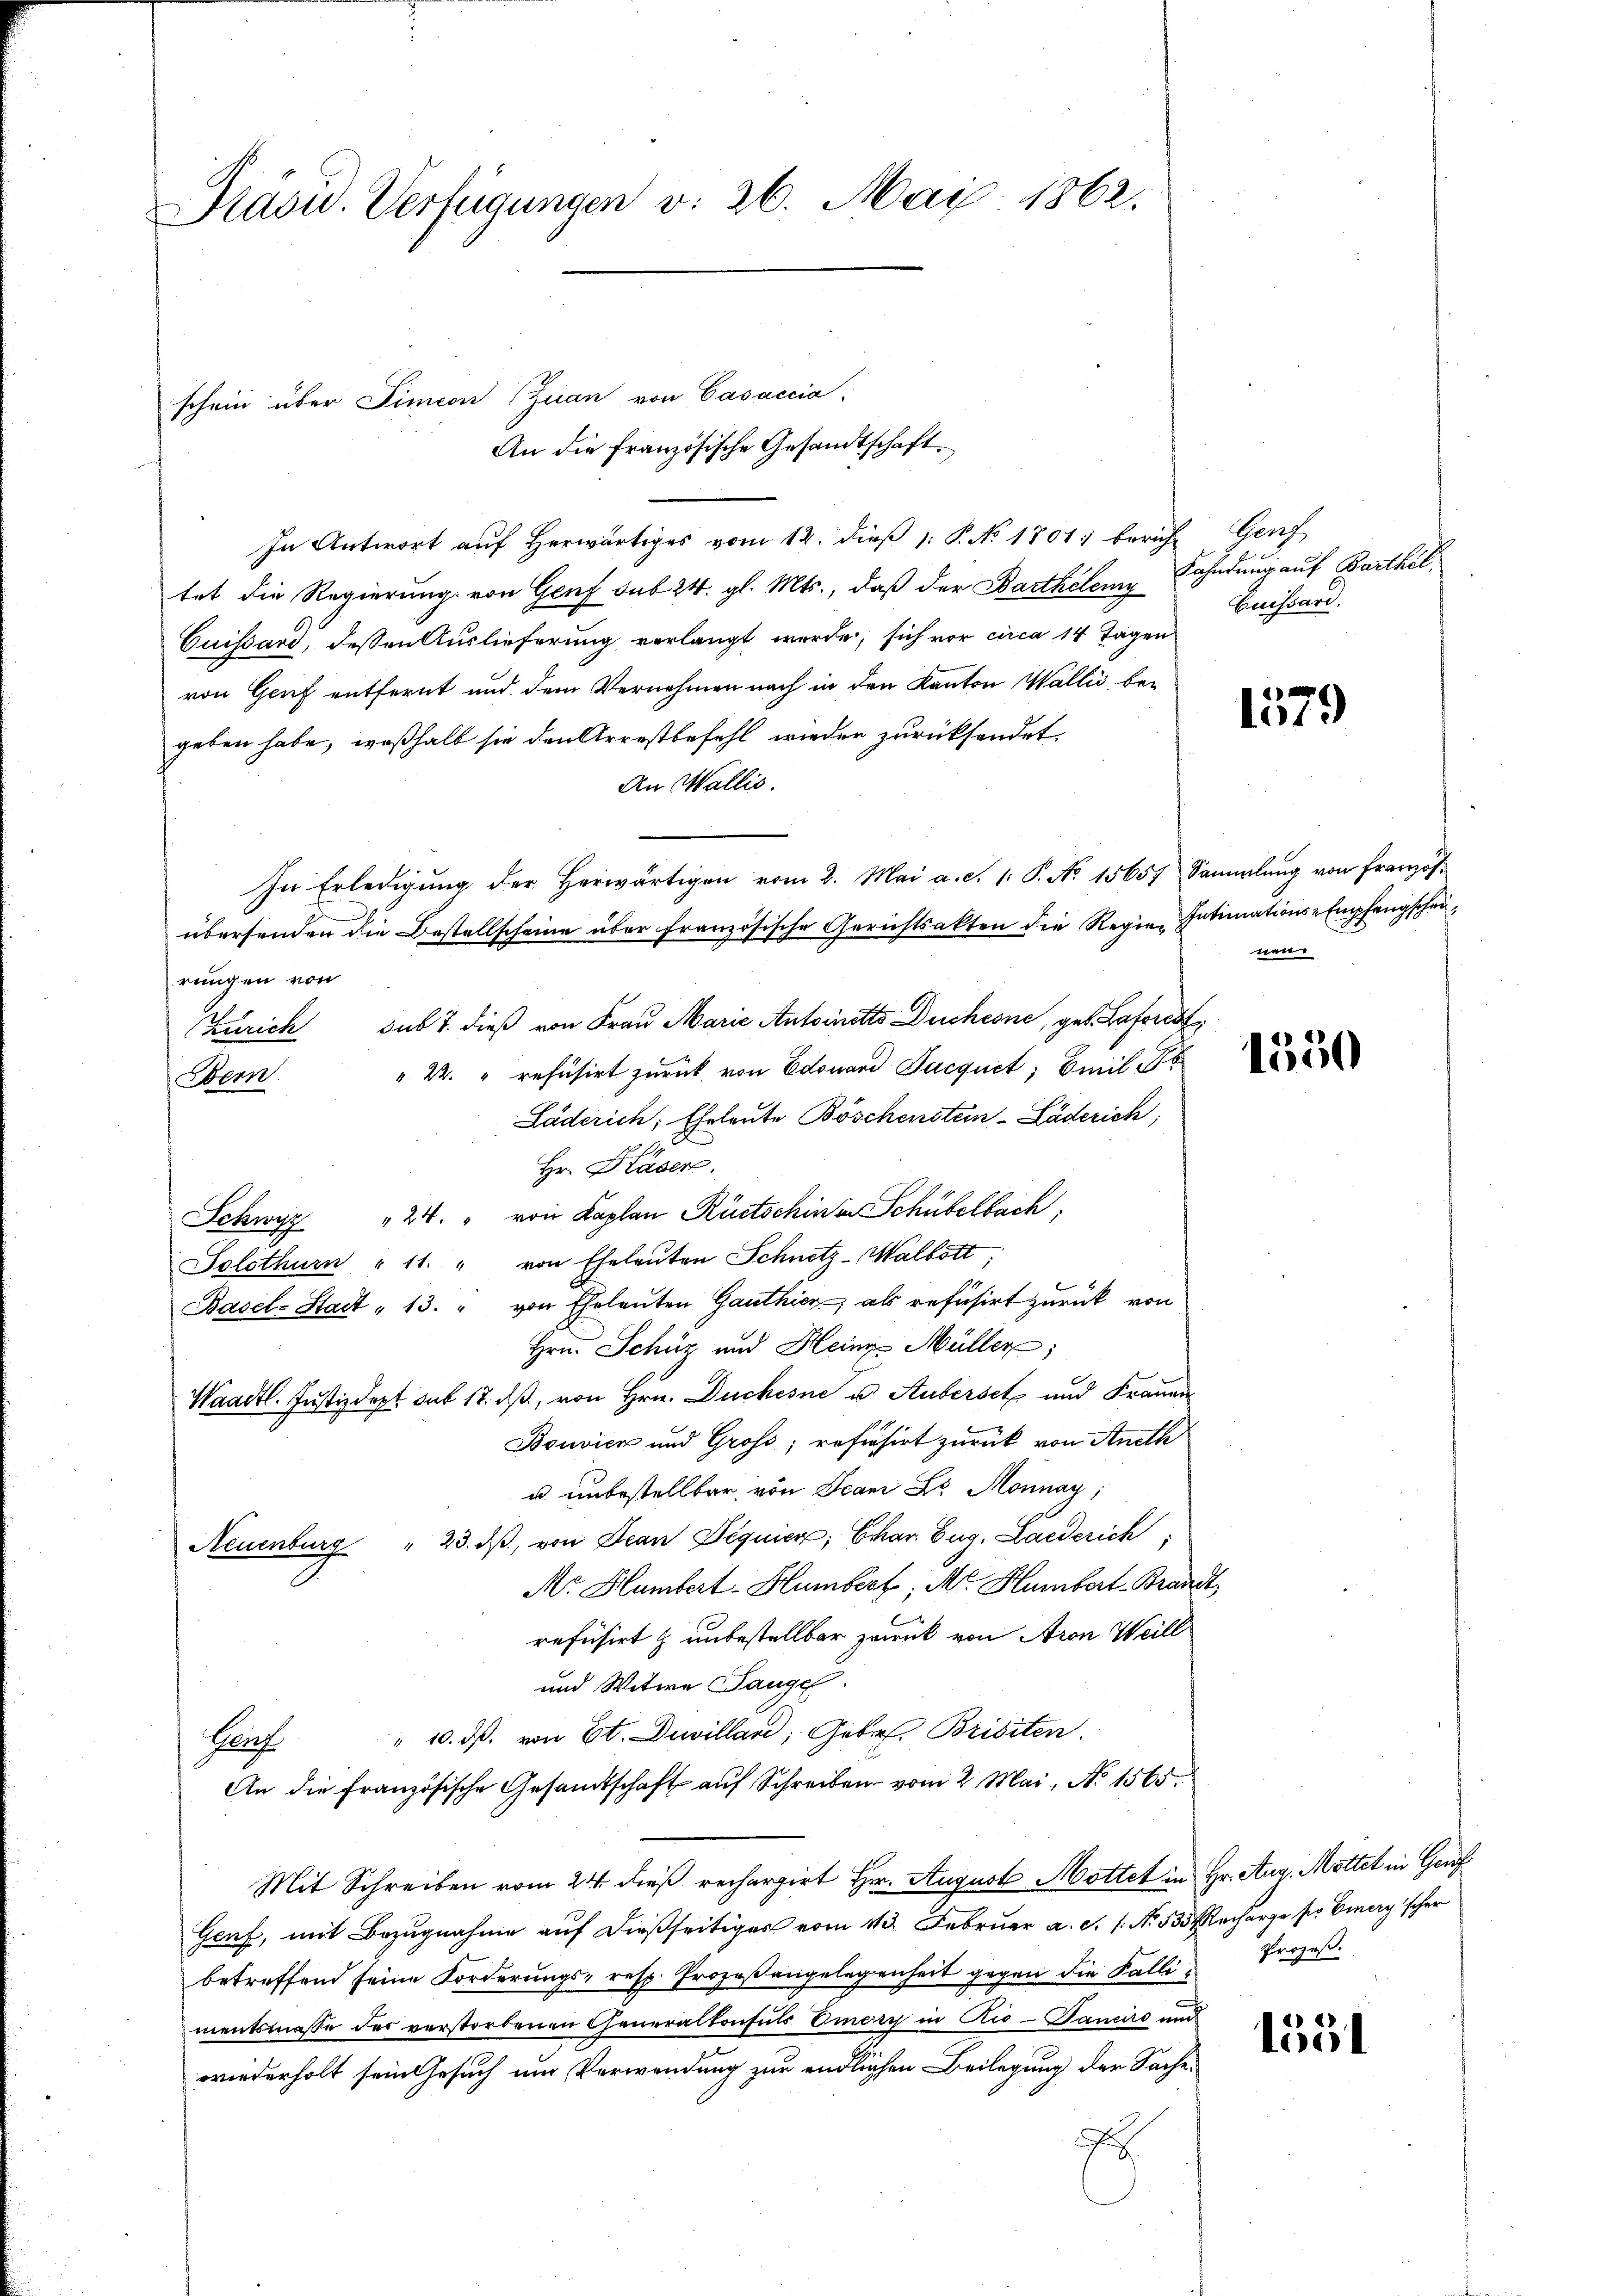
Präsid. Verfügungen v. 26. Mai 1862.

schein über Simeon (Juan von Casaccia:
An die Französische Gesandtschaft
In Antwort aŭf herwärtiges vom 12. dieβ 1: P. No 1801. berich Genf
tet die Regierung von Genf sub 24. gl. Mts., daß der Barthalen Fahndung auf Barthal¬
Cuissari, dessen Auslieferung vorlangt werde, sich vor circa 14 Tagen
von Genf entfernt und dem Vernehmen nach in den Kanton Wallis begeben habe, weßhalb sie den Arrestbefehl wieder zurücksendet.
An Wallis.
In Erledigŭng der herwärtigen vom 2. Mai a. d. 1. P. No 15657 Sammlung von Französ
übersenden die Bestellscheine über französische Gerichtsakten die Regie Intimations-Empfangscheirungen von
Zürich sub 7. dieß von Frau Marie Antoinetto Duchesne, geb. Lafores
" 22. " refusirt zurück von Edouard Jacquit; Emil F
Bern
Läderich, Eheleute Böschenstein-Läderich,
Hr. Gläser.
Schwyz " 24. " von Kaplan Rüetschin in Schübelbach,
Solothurn " 11. " von Eheleuten Schnitz-Walbott
Basel-Stadt " 13. " von Eheleŭten Ganthier als refusirt zurück von
Hrn. Schüz und Heine Müller;
Waadt. Justizdept aus 17. dβ, von Hrn. Duchesne u. Hubersetz und Frauen
Bonvick und Gross; refisirt zurück von Aneth
u. unbestellbar, von Jean Sr. Monnay;
Neuenburg " 23. dβ, von Jean Diquier, Char. Zug, Laiderich
Nr Humbert - Humbecf; M. Humbert-Brandt.
refüsirt & unbestellbar zurück von Aron Weill
und Witwe Lange
" 10. ds. von Et. Duilland, Gebr. Brisiten.
Pach
An die französische Gesandtschaft auf Schreiben vom 2. Mai, No 1565.
Mit Schreiben vom 24. dieß rechargirt Hr. August Mottet in Hr. Aug. Mottet in Genf
Genf, mit Bezugnahme auf dießseitiges vom 13. Februar a. c. s. No. 533. Recharge ser Einery scher
betreffend seine Forderŭngs- resp. Prozeβangelegenheit gegen die Falli, Prozeβ.
mentsmasse der verstorbenen Generalkonsuls Emory in Rio - Panciro und
wiederholt sein Gesuch und Verwendung zur endlichen Beilegung der Sache
f

Euissard.

1579

nen

1550

1551